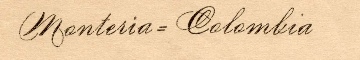
Monteria = Colombia